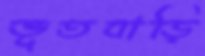
ভূতবাড়ি